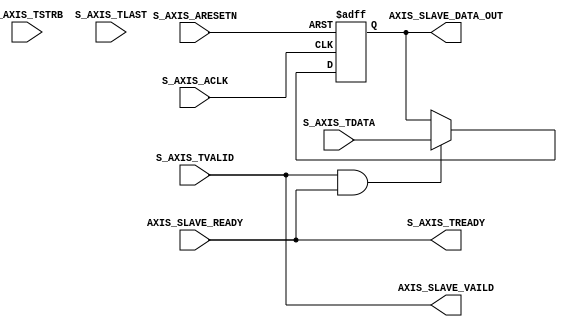
module axi_stream_sample_v1_0_S00_AXIS_A #
	(
		// Users to add parameters here

		// User parameters ends
		// Do not modify the parameters beyond this line

		// AXI4Stream sink: Data Width
		parameter integer C_S_AXIS_TDATA_WIDTH	= 32
	)
	(
		// Users to add ports here
                output   wire AXIS_SLAVE_VAILD,
		input    wire AXIS_SLAVE_READY,
	        output   wire [C_S_AXIS_TDATA_WIDTH-1 : 0] AXIS_SLAVE_DATA_OUT, 
		// User ports ends
		// Do not modify the ports beyond this line

		// AXI4Stream sink: Clock
		input wire  S_AXIS_ACLK,
		// AXI4Stream sink: Reset
		input wire  S_AXIS_ARESETN,
		// Ready to accept data in
		output wire  S_AXIS_TREADY,
		// Data in
		input wire [C_S_AXIS_TDATA_WIDTH-1 : 0] S_AXIS_TDATA,
		// Byte qualifier
		input wire [(C_S_AXIS_TDATA_WIDTH/8)-1 : 0] S_AXIS_TSTRB,
		// Indicates boundary of last packet
		input wire  S_AXIS_TLAST,
		// Data is in valid
		input wire  S_AXIS_TVALID
	);


	// Add user logic here
	   reg [C_S_AXIS_TDATA_WIDTH-1 : 0] data_out;
           always @(posedge S_AXIS_ACLK or negedge S_AXIS_ARESETN)
	   begin
           	if (!S_AXIS_ARESETN)
           	begin
		    data_out <= 32'b0;
           	end
           	else if (S_AXIS_TVALID && S_AXIS_TREADY)
           	begin
		    data_out <= S_AXIS_TDATA;
           	end
           end
	   assign AXIS_SLAVE_VAILD       = S_AXIS_TVALID;
	   assign S_AXIS_TREADY          = AXIS_SLAVE_READY;
	   assign AXIS_SLAVE_DATA_OUT    = data_out;  
	// User logic ends

	endmodule